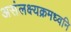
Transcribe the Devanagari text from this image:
असंलक्ष्यक्रमध्वनि